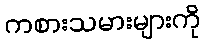
ကစားသမားများကို